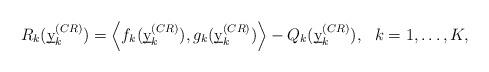
LaTeX: \begin{align*}R_k(\underbar{y}^{(CR)}_k) = \left\langle f_k(\underbar{y}^{(CR)}_k),g_k(\underbar{y}^{(CR)}_k)\right\rangle -Q_k(\underbar{y}^{(CR)}_k),\ \ k=1,\dots, K,\end{align*}